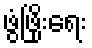
ဖွံဖြိုးရေး